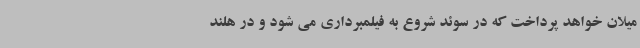
میلان خواهد پرداخت که در سوئد شروع به فیلمبرداری می شود و در هلند